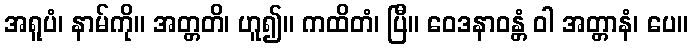
အရူပံ၊ နာမ်ကို။ အတ္တတိ၊ ဟူ၍။ ကထိတံ၊ ပြီ။ ဝေဒနာဝန္တံ ဝါ အတ္တာနံ၊ ပေ။